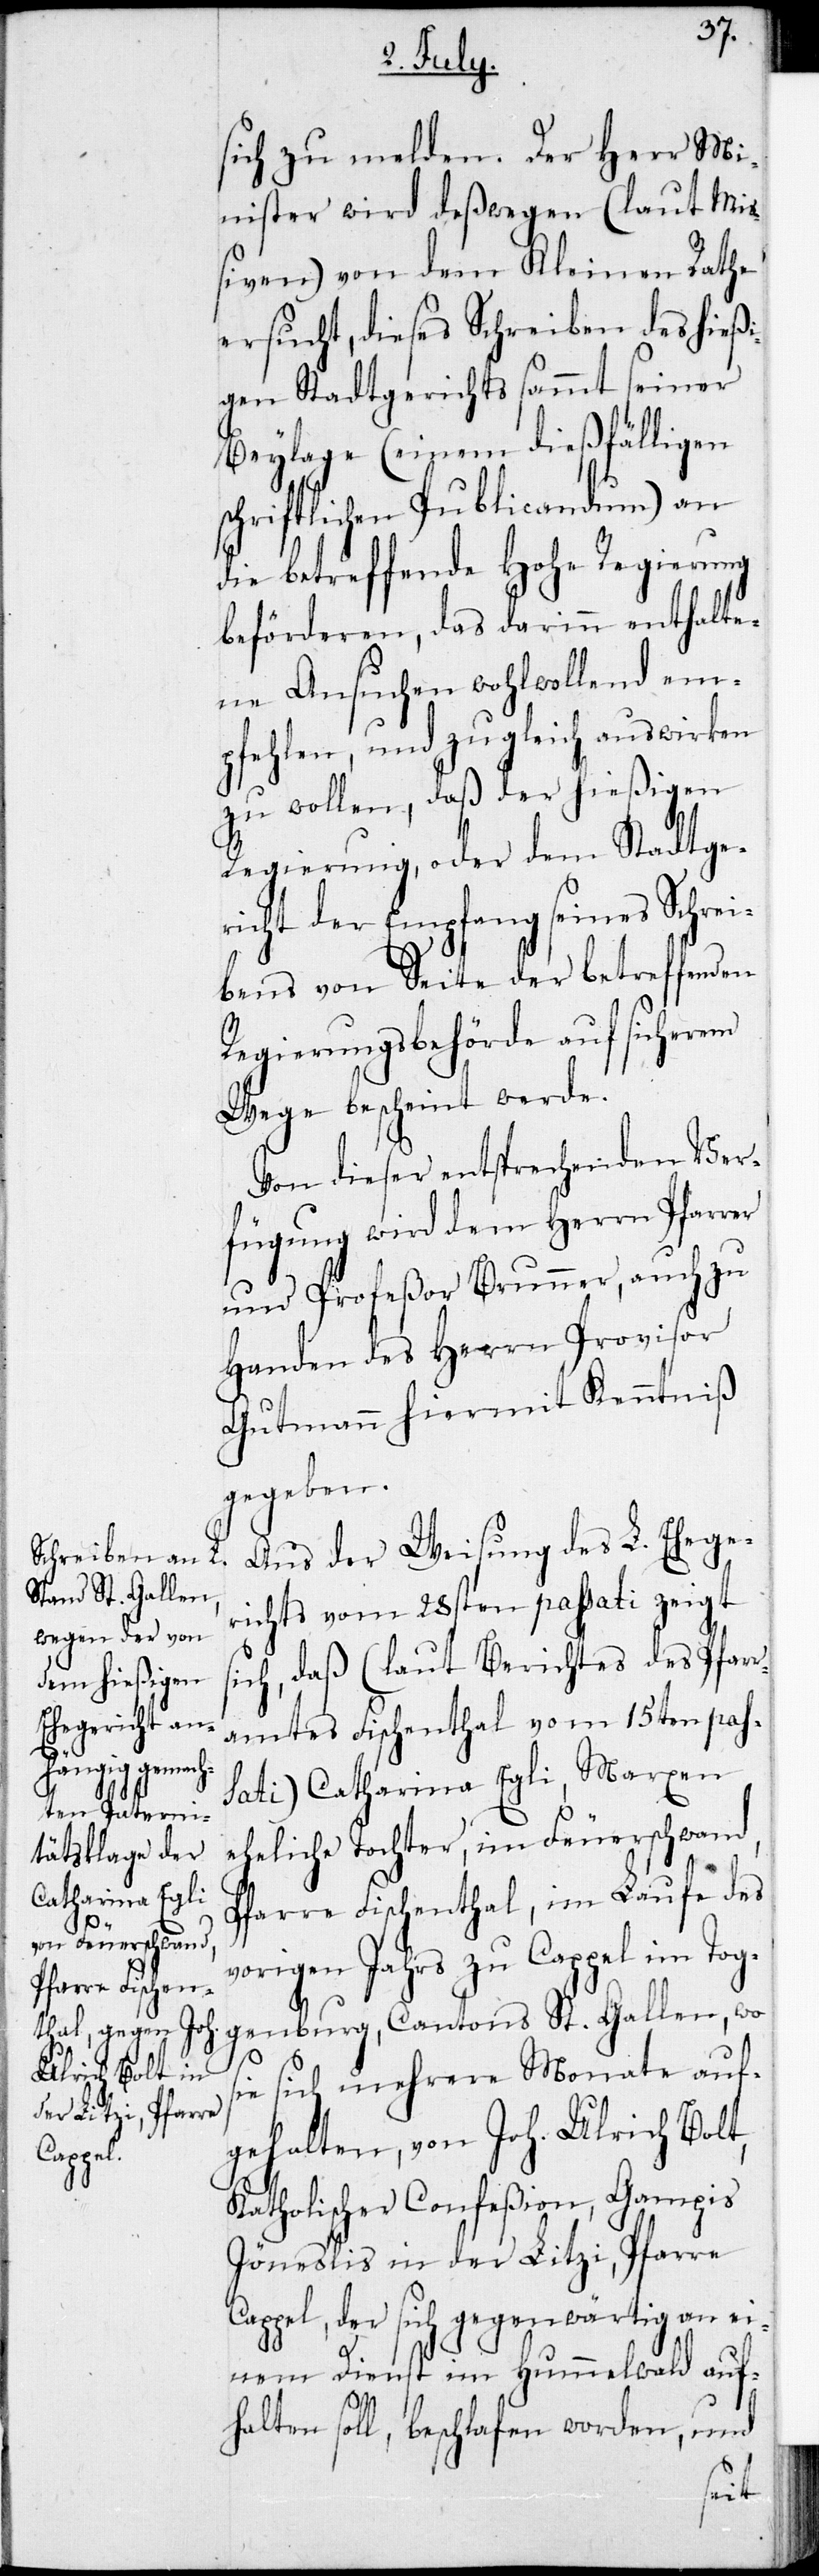
er

sich zu melden. Der Herr Mi¬
nister wird deßwegen (laut Mi¬
ßiven) von dem Kleinen Rathe
ersucht, dieses Schreiben des hießi¬
gen Stadtgerichts sammt seiner
Beylage (einem dießfälligen
schriftlichen Publicandum) an
die betreffende Hohe Regierung
beförderen, das darinn enthalte¬
ne Ansuchen wohlwollend em¬
pfehlen, und zugleich auswirken
zu wollen, daß der hießigen
Regierung, oder dem Stadtger¬
icht der Empfang seines Schrei¬
bens von Seite der betreffenden
Regierungsbehörde auf sicherem
Wege bescheint werde.
Von dieser entsprechenden Ver¬
fügung wird dem Herrn Pfarr¬
und Profeßor Brunner, auch zu
Handen des Herrn Provisor
Gutmann hiermit Kenntniß
geben.
Aus der Weisung des L. Ehege¬
richts vom 28sten passati zeigt
sich, daß (laut Berichtes des Pfarr¬
amtes Fischenthal vom 15ten pas¬
sati) Catharina Egli, Marxen
eheliche Tochter, im Feuerschwand,
Pfarre Fischenthal, im Laufe des
vorigen Jahrs zu Cappel im Tog¬
genburg, Cantons St. Gallen, wo
sie sich mehrere Monate auf¬
gehalten, von Johann Ulrich Bolt,
Katholischer Confeßion, Gampis
Jöneslis in der Litzi, Pfarre
Cappel, der sich gegenwärtig on ei¬
nem Dienst im Hummelwald auf¬
halten soll, beschlafen worden, und